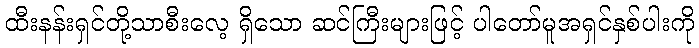
ထီးနန်းရှင်တို့သာစီးလေ့ ရှိသော ဆင်ကြီးများဖြင့် ပါတော်မူအရှင်နှစ်ပါးကို